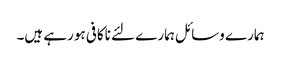
ہمارے وسائل ہمارے لئے ناکافی ہورہے ہیں۔